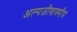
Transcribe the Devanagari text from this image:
अल्पजीवाश्मीय